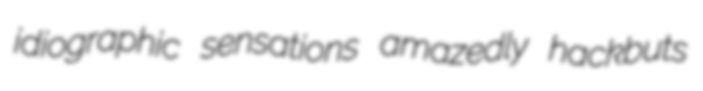
idiographic sensations amazedly hackbuts